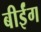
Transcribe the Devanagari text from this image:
बीईंग